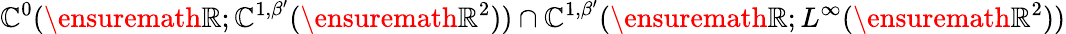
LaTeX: \mathbb{C}^{0}(\ensuremath{{\mathbb{{R}}}};\mathbb{C}^{1,\beta^{\prime}}(\ensuremath{{\mathbb{{R}}}}^{2}))\cap\mathbb{C}^{1,\beta^{\prime}}(\ensuremath{{\mathbb{{R}}}};L^{\infty}(\ensuremath{{\mathbb{{R}}}}^{2}))